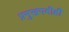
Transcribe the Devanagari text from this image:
प्रमुखपदीही